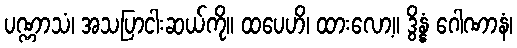
ပဏ္ဏာသံ၊ အသပြာငါးဆယ်ကို။ ထပေဟိ၊ ထားလော့။ ဒွိန္နံ ဂေါဏာနံ၊